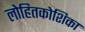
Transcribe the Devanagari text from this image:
लोहितकोशिका